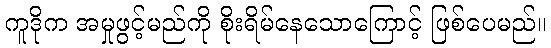
ကူဒိုက အမှုဖွင့်မည်ကို စိုးရိမ်နေသောကြောင့် ဖြစ်ပေမည်။